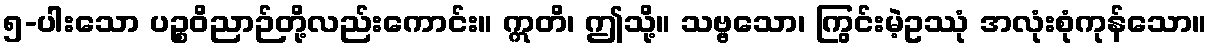
၅-ပါးသော ပဉ္စဝိညာဉ်တို့လည်းကောင်း။ ဣတိ၊ ဤသို့။ သဗ္ဗသော၊ ကြွင်းမဲ့ဥဿုံ အလုံးစုံကုန်သော။